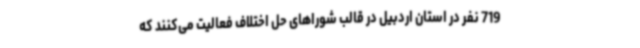
719 نفر در استان اردبیل در قالب شوراهای حل اختلاف فعالیت می‌کنند که